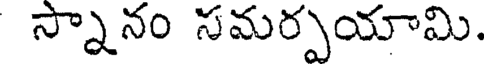
స్నానం సమర్పయామి.